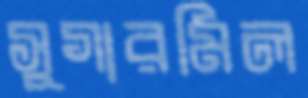
সুগারমিল